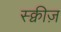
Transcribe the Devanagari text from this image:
स्क्वीज़